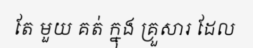
តែ មួយ គត់ ក្នុង គ្រួសារ ដែល